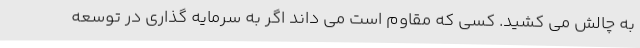
به چالش می کشید. کسی که مقاوم است می داند اگر به سرمایه گذاری در توسعه